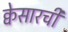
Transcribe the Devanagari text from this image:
क्वेसारची